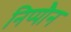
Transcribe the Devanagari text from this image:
निप्पौन